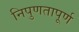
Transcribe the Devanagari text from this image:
निपुणतापूर्ण